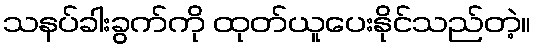
သနပ်ခါးခွက်ကို ထုတ်ယူပေးနိုင်သည်တဲ့။